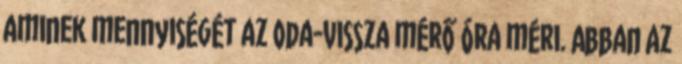
aminek mennyiségét az oda-vissza mérő óra méri. Abban az